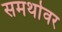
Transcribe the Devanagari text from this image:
समर्थावर